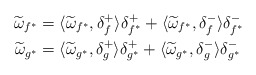
\begin{align*} \widetilde{\omega}_{f^*}&=\langle\widetilde{\omega}_{f^*},\delta_f^+\rangle \delta_{f^*}^+ +\langle\widetilde{\omega}_{f^*},\delta_f^-\rangle\delta_{f^*}^-\\ \widetilde{\omega}_{g^*}&=\langle\widetilde{\omega}_{g^*},\delta_g^+\rangle \delta_{g^*}^+ +\langle\widetilde{\omega}_{g^*},\delta_g^-\rangle\delta_{g^*}^- \end{align*}